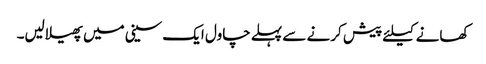
کھانے کیلئے پیش کرنے سے پہلے چاول ایک سینی میں پھیلالیں۔